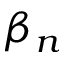
\beta _ { n }